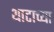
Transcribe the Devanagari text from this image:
थाटाच्या